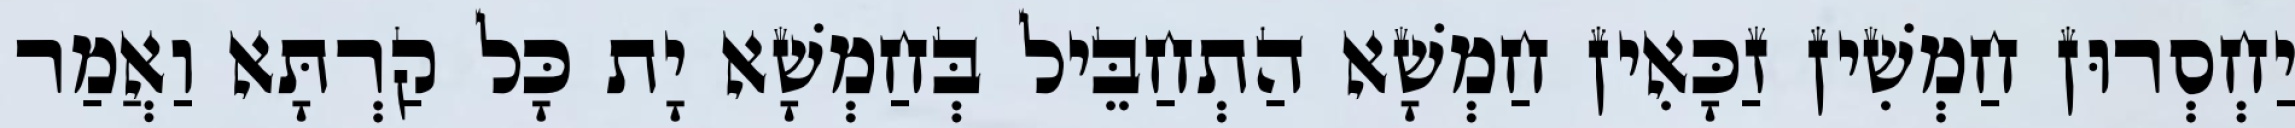
יַחְסְרוּן חַמְשִׁין זַכָּאִין חַמְשָׁא הַתְחַבֵּיל בְּחַמְשָׁא יָת כָּל קַרְתָּא וַאֲמַר